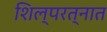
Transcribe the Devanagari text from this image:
शिल्परत्नात